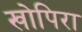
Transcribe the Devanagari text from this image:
खोपिरा